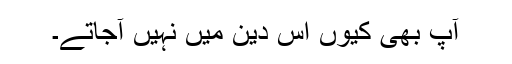
آپ بھی کیوں اس دین میں نہیں آجاتے۔